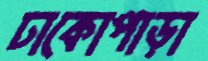
ঢাকোপাড়া